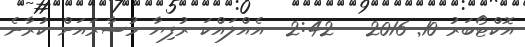
އޮކްޓޯބަރު 10